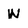
Character: W